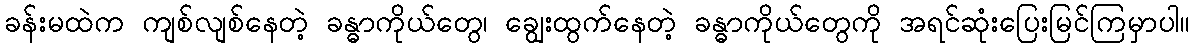
ခန်းမထဲက ကျစ်လျစ်နေတဲ့ ခန္ဓာကိုယ်တွေ၊ ချွေးထွက်နေတဲ့ ခန္ဓာကိုယ်တွေကို အရင်ဆုံးပြေးမြင်ကြမှာပါ။